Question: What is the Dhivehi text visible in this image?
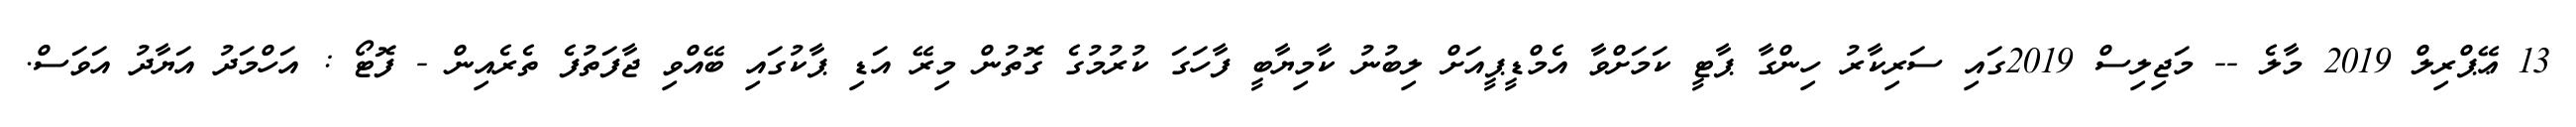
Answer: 13 ޢޭޕްރިލް 2019 މާލެ -- މަޖިލިސް 2019ގައި ސަރިކާރު ހިންގާ ޕާޓީ ކަމަށްވާ އެމްޑީޕީއަށް ލިބުނު ކާމިޔާބީ ފާހަގަ ކުރުމުގެ ގޮތުން މިރޭ އަޑި ޕާކުގައި ބޭއްވި ޖާފަތުފެ ތެރެއިން - ފޮޓޯ : އަހްމަދު އަޔާދު އަވަސް.